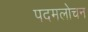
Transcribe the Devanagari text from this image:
पदमलोचन